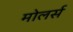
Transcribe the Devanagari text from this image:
मोलर्स